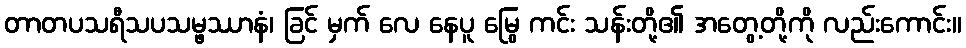
တာတပသရီသပသမ္ဖဿာနံ၊ ခြင် မှက် လေ နေပူ မြွေ ကင်း သန်းတို့၏ အတွေ့တို့ကို လည်းကောင်း။